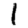
Digit: 1